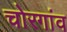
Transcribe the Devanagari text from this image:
चोरगांव